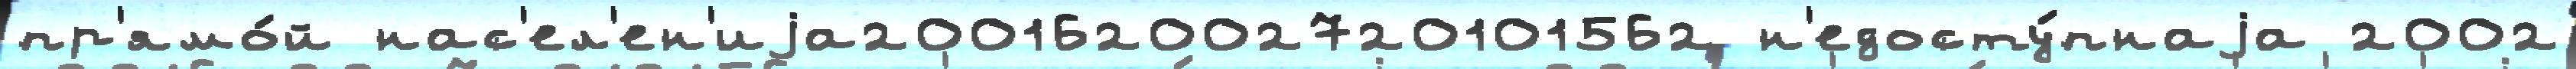
пр'ямо́й нас'ел'ен'иjа200162002720101562 н'едосту́пнаjа 2002